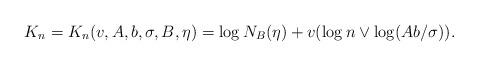
LaTeX: \begin{align*}K_n = K_{n} (v,A,b,\sigma,B,\eta) = \log N_{B}(\eta) + v(\log n\vee\log (A b/\sigma)).\end{align*}